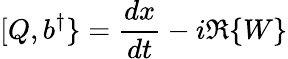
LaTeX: [Q,b^{\dagger}\} ={\frac{dx}{dt}}-i\Re\{ W\}